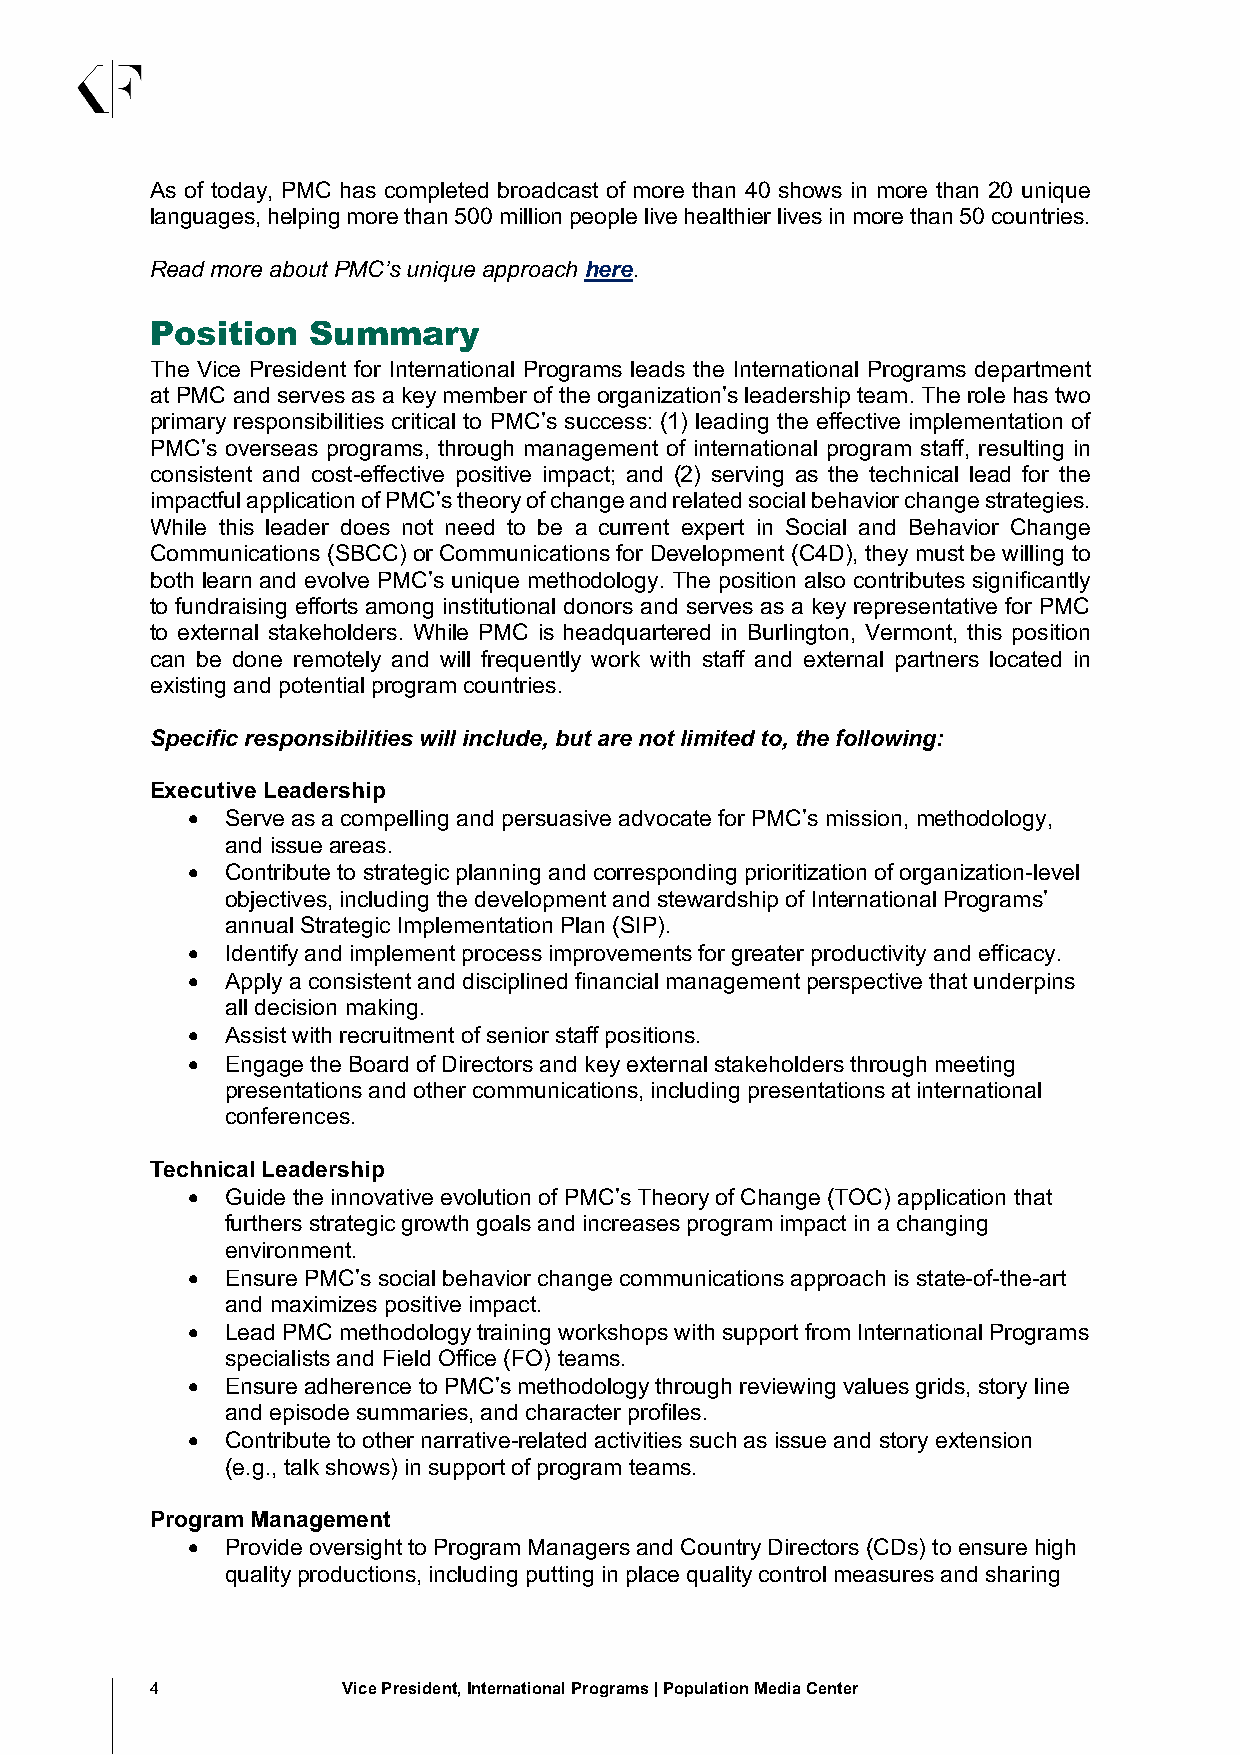
As of today, PMC has completed broadcast of more than 40 shows in more than 20 unique
 languages, helping more than 500 million people live healthier lives in more than 50 countries.
 Read more about PMC’s unique approach here.
 Position  Summary
 The Vice President for International Programs leads the International Programs department
 at PMC and serves as a key member of the organization’s leadership team. The role has two
 primary responsibilities critical to PMC’s success: (1) leading the effective implementation of
 PMC’s overseas programs, through management of international program staff, resulting in
 consistent and cost-effective positive impact; and (2) serving as the technical lead for the
 impactful application of PMC’s theory of change and related social behavior change strategies.
 While this leader does not need to be a current expert in Social and Behavior Change
 Communications (SBCC) or Communications for Development (C4D), they must be willing to
 both learn and evolve PMC’s unique methodology. The position also contributes significantly
 to fundraising efforts among institutional donors and serves as a key representative for PMC
 to external stakeholders. While PMC is headquartered in Burlington, Vermont, this position
 can be done remotely and will frequently work with staff and external partners located in
 existing and potential program countries.
 Specific responsibilities will include, but are not limited to, the following:
 Executive Leadership
 •  Serve as a compelling and persuasive advocate for PMC’s mission, methodology,
 and issue areas.
 •  Contribute to strategic planning and corresponding prioritization of organization-level
 objectives, including the development and stewardship of International Programs’
 annual Strategic Implementation Plan (SIP).
 •  Identify and implement process improvements for greater productivity and efficacy.
 •  Apply a consistent and disciplined financial management perspective that underpins
 all decision making.
 •  Assist with recruitment of senior staff positions.
 •  Engage the Board of Directors and key external stakeholders through meeting
 presentations and other communications, including presentations at international
 conferences.
 Technical Leadership
 •  Guide the innovative evolution of PMC’s Theory of Change (TOC) application that
 furthers strategic growth goals and increases program impact in a changing
 environment.
 •  Ensure PMC’s social behavior change communications approach is state-of-the-art
 and maximizes positive impact.
 •  Lead PMC methodology training workshops with support from International Programs
 specialists and Field Office (FO) teams.
 •  Ensure adherence to PMC’s methodology through reviewing values grids, story line
 and episode summaries, and character profiles.
 •  Contribute to other narrative-related activities such as issue and story extension
 (e.g., talk shows) in support of program teams.
 Program Management
 •  Provide oversight to Program Managers and Country Directors (CDs) to ensure high
 quality productions, including putting in place quality control measures and sharing
 4            Vice President, International Programs | Population Media Center